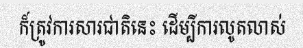
ក៏ត្រូវការសារជាតិនេះ ដើម្បីការលូតលាស់